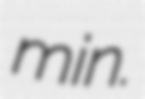
min.